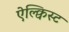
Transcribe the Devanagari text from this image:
ऐल्क्विस्ट